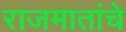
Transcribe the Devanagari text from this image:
राजमातांचे